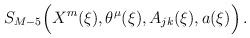
LaTeX: \begin{align*}S_{M-5} \Bigl (X^m (\xi), \theta^\mu(\xi), A_{jk} (\xi) , a (\xi) \Bigr )\, .\end{align*}